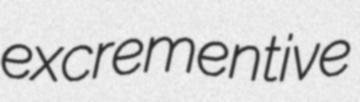
excrementive